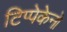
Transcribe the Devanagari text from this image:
टिप्पेकेनो